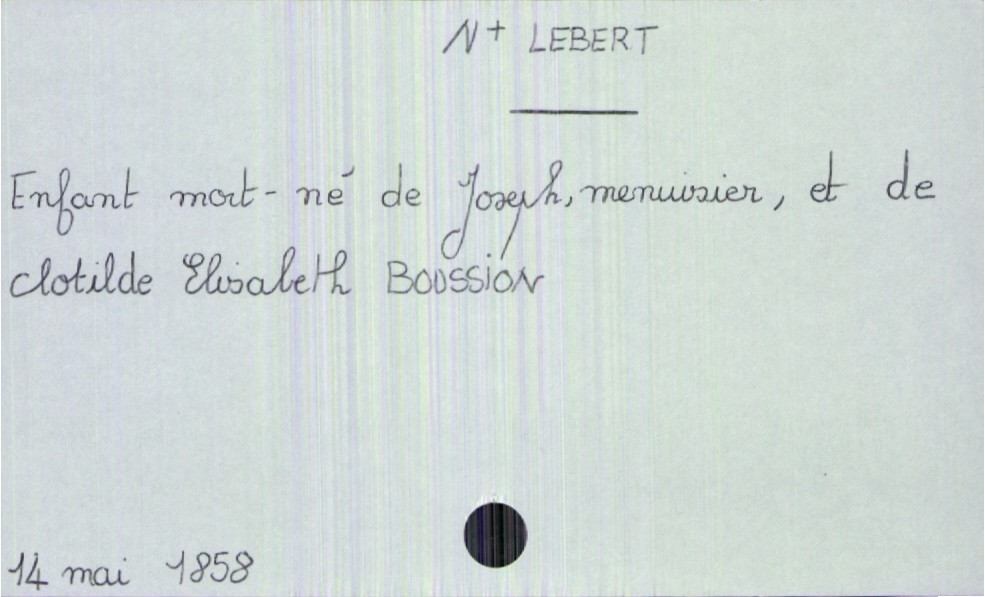
type_acte: Baptême
année: 1858
mois: mai
jour: 14
observations: enfant mort né
filiation: fils
père_enfant_nom: Lebert
père_enfant_prénom: Joseph
père_enfant_profession: menuisier
mère_enfant_nom: Boussion
mère_enfant_prénom: Clotilde
mère_enfant_profession: Elisabeth